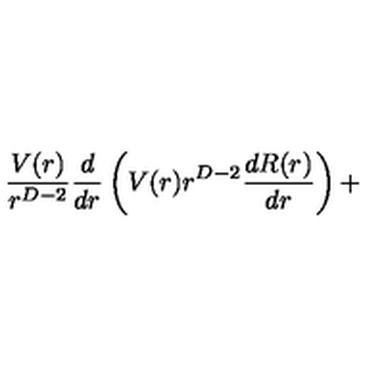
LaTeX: \frac { V ( r ) } { r ^ { D - 2 } } \frac { d } { d r } \left( V ( r ) r ^ { D - 2 } \frac { d R ( r ) } { d r } \right) +